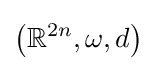
\left(\mathbb {R} ^{2n},\omega ,d\right)